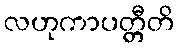
လဟုကာပတ္တီတိ